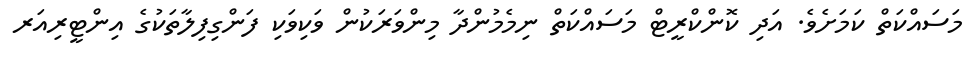
މަސައްކަތް ކަމަށެވެ. އަދި ކޮންކްރީޓް މަސައްކަތް ނިމެމުންދާ މިންވަރަކުން ވަކިވަކި ފަންގިފިލާތަކުގެ އިންޓީރިއަރ